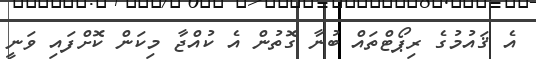
އެ ޤައުމުގެ ރިޕޯޓްތައް ބުނާ ގޮތުން އެ ކުއްޖާ މިކަން ކޮށްފައި ވަނީ